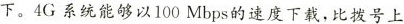
下。4G系统能够以100Mbps的速度下载，比拨号上